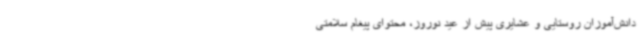
دانش‌آموزان روستایی و عشایری پیش از عید نوروز، محتوای پیغام سلامتی